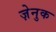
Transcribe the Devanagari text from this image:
ज़ेनुक